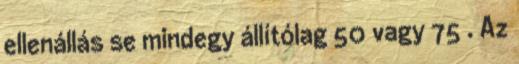
ellenállás se mindegy állítólag 50 vagy 75 . Az